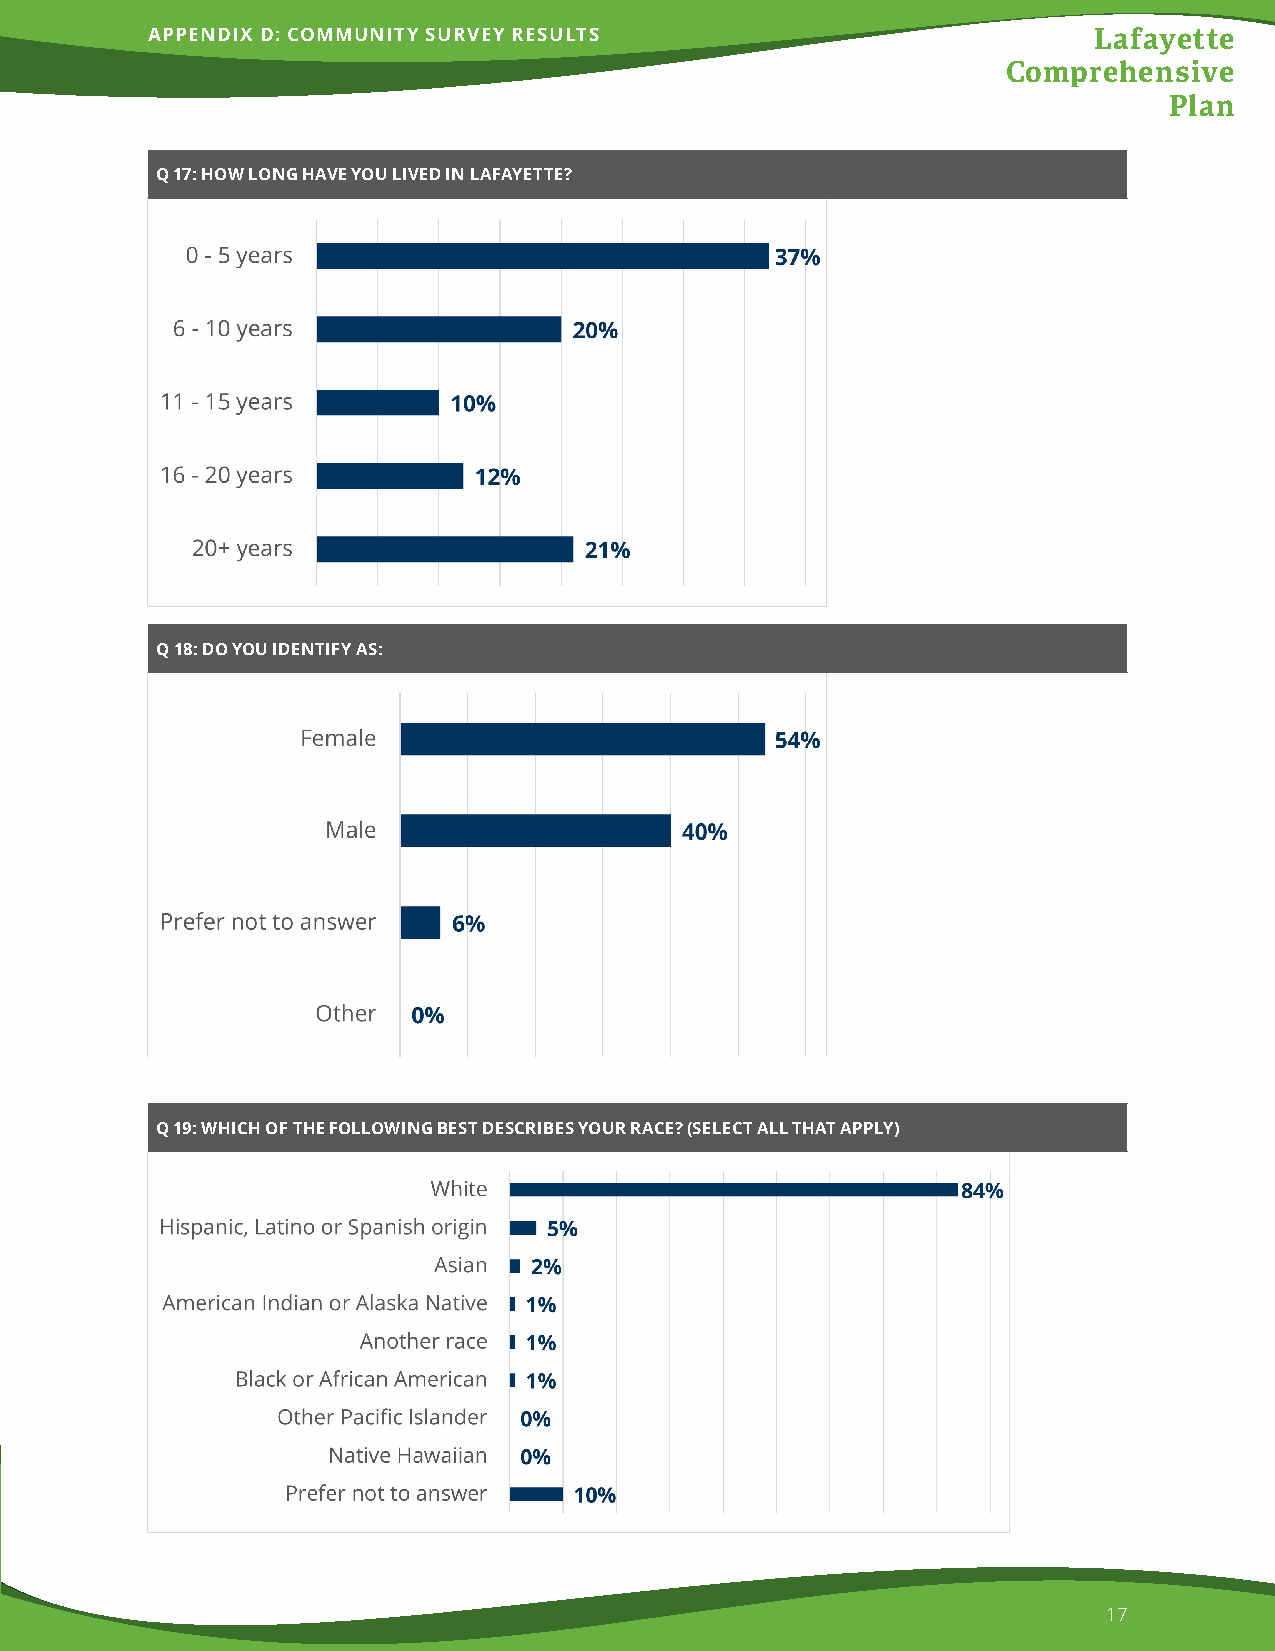
APPENDIX D: COMMUNITY SURVEY RESULTS                          Lafayette
 Comprehensive
 Plan
 Q 17: HOW LONG HAVE YOU LIVED IN LAFAYETTE?
 Q 18: DO YOU IDENTIFY AS:
 Q 19: WHICH OF THE FOLLOWING BEST DESCRIBES YOUR RACE? (SELECT ALL THAT APPLY)
 17